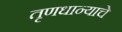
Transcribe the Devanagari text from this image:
तृणधान्याचे